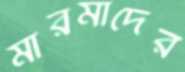
মারমাদের